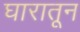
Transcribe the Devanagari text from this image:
घारातून